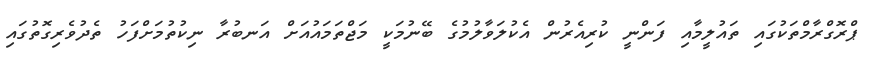
ޕްރޮގްރާމްތަކުގައި ތައުލީމާއި ފަންނީ ކުރިއެރުން އެކުލަވާލުމުގެ ބޭނުމަކީ މަޖްތަމައުއަށް އަނބުރާ ނިކުތުމަށްފަހު ތެދުވެރިގޮތުގައި